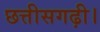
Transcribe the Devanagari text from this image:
छत्तीसगढ़ी।